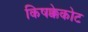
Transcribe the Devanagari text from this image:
किषक्केकोट